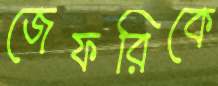
জেফরিকে